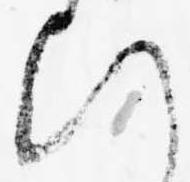
ひ